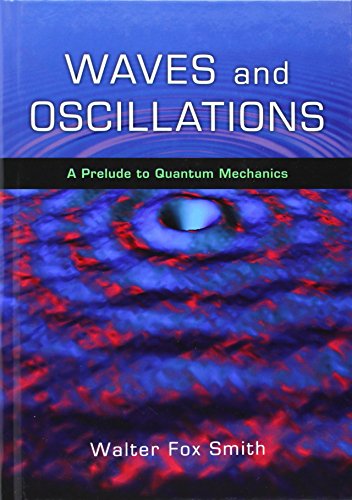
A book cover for Waves and Oscillations: A Prelude to Quantum Mechanics; Walter Fox Smith; Science & Math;